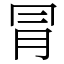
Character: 冐